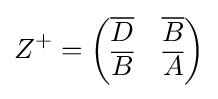
Z^{+}={\begin{pmatrix}{\overline {D}}&{\overline {B}}\\{\overline {B}}&{\overline {A}}\end{pmatrix}}